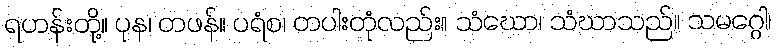
ရဟန်းတို့။ ပုန၊ တဖန်။ ပရံစ၊ တပါးတုံလည်း။ သံဃော၊ သံဃာသည်။ သမဂ္ဂေါ၊